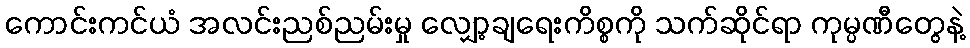
ကောင်းကင်ယံ အလင်းညစ်ညမ်းမှု လျှော့ချရေးကိစ္စကို သက်ဆိုင်ရာ ကုမ္ပဏီတွေနဲ့